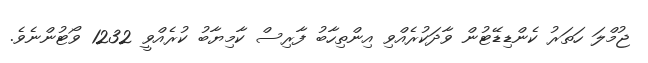
ޖުމްލަ ހަތަރު ކެންޑިޑޭޓުން ވާދަކުރެއްވި އިންތިހާބު ފާރިސް ކާމިޔާބު ކުރެއްވީ 1232 ވޯޓުންނެވެ.